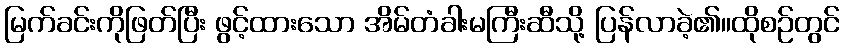
မြက်ခင်းကိုဖြတ်ပြီး ဖွင့်ထားသော အိမ်တံခါးမကြီးဆီသို့ ပြန်လာခဲ့၏။ထိုစဉ်တွင်